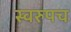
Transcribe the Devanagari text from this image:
स्वरुपच